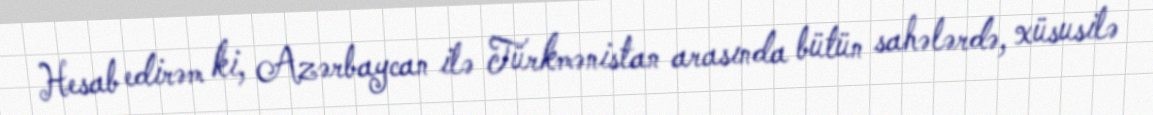
Hesab edirəm ki, Azərbaycan ilə Türkmənistan arasında bütün sahələrdə, xüsusilə